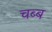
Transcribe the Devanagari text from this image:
चब्ब